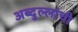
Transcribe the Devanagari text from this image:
अब्दुल्लांची